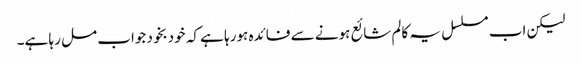
لیکن اب مسلسل یہ کالم شائع ہونے سے فائدہ ہورہا ہے کہ خودبخود جواب مل رہا ہے۔